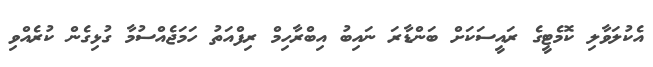
އެކުލަވާލި ކޮމެޓީގެ ރައީސަކަށް ބަންޑާރަ ނައިބު އިބްރާހިމް ރިފްއަތު ހަމަޖެއްސުމާ ގުޅިގެން ކުރެއްވި